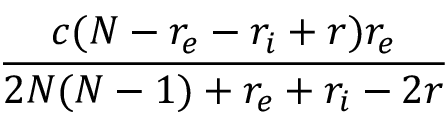
\frac { c ( N - r _ { e } - r _ { i } + r ) r _ { e } } { 2 N ( N - 1 ) + r _ { e } + r _ { i } - 2 r }